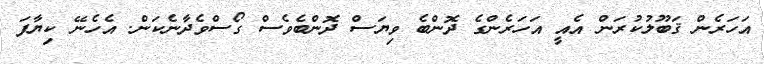
އަހަރެން ޤަބޫލުކުރަން އެއީ އަހަރެންގެ ދޮންބެ ވިޔަސް ދޮންބެވެސް ގޯސްވެދާނެކަން. އެހެނޭ ކިޔާފަ